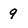
Character: 9